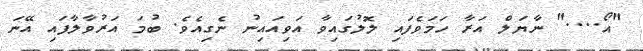
"އޯ...." ނާޔަލް އަރާ ހަމަވެފައި ލޮލުގައިވާ އަވިއައިނު ނެގިއެވެ. ބުމަ އަރުވާލާފައި އޭނަ